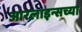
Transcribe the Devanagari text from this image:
आरलाइन्सच्या